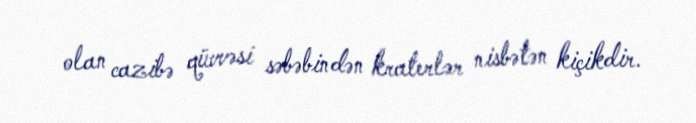
olan cazibə qüvvəsi səbəbindən kraterlər nisbətən kiçikdir.